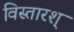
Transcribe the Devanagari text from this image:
विस्तारश्